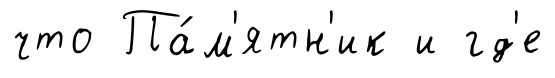
что Па́м'ятн'ик и гд'е